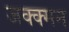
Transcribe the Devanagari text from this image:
जक्क्मन